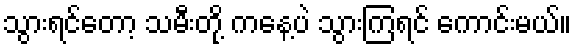
သွားရင်တော့ သမီးတို့ ကနေ့ပဲ သွားကြရင် ကောင်းမယ်။